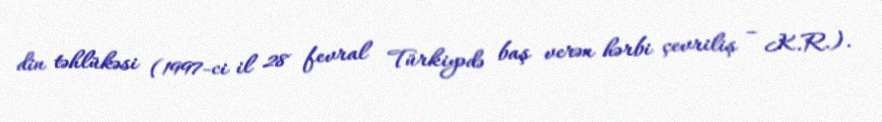
din təhlükəsi (1997-ci il 28 fevral Türkiyədə baş verən hərbi çevriliş – K.R.).